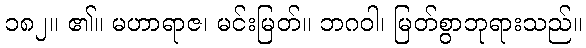
၁၈၂။ ၏။ မဟာရာဇ၊ မင်းမြတ်။ ဘဂဝါ၊ မြတ်စွာဘုရားသည်။